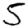
Digit: 5